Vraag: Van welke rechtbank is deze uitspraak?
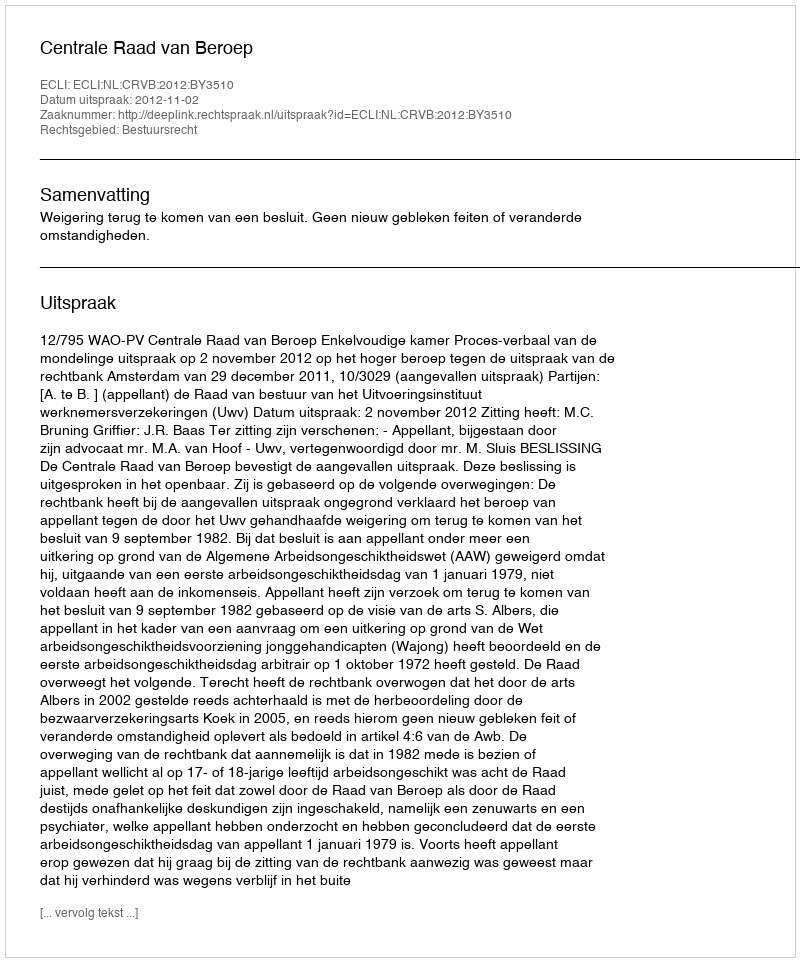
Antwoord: Centrale Raad van Beroep